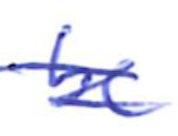
Text: be
Cross-out: double-line
Writing tool: ballpoint